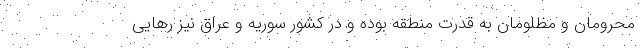
محرومان و مظلومان به قدرت منطقه بوده و در کشور سوریه و عراق نیز رهایی